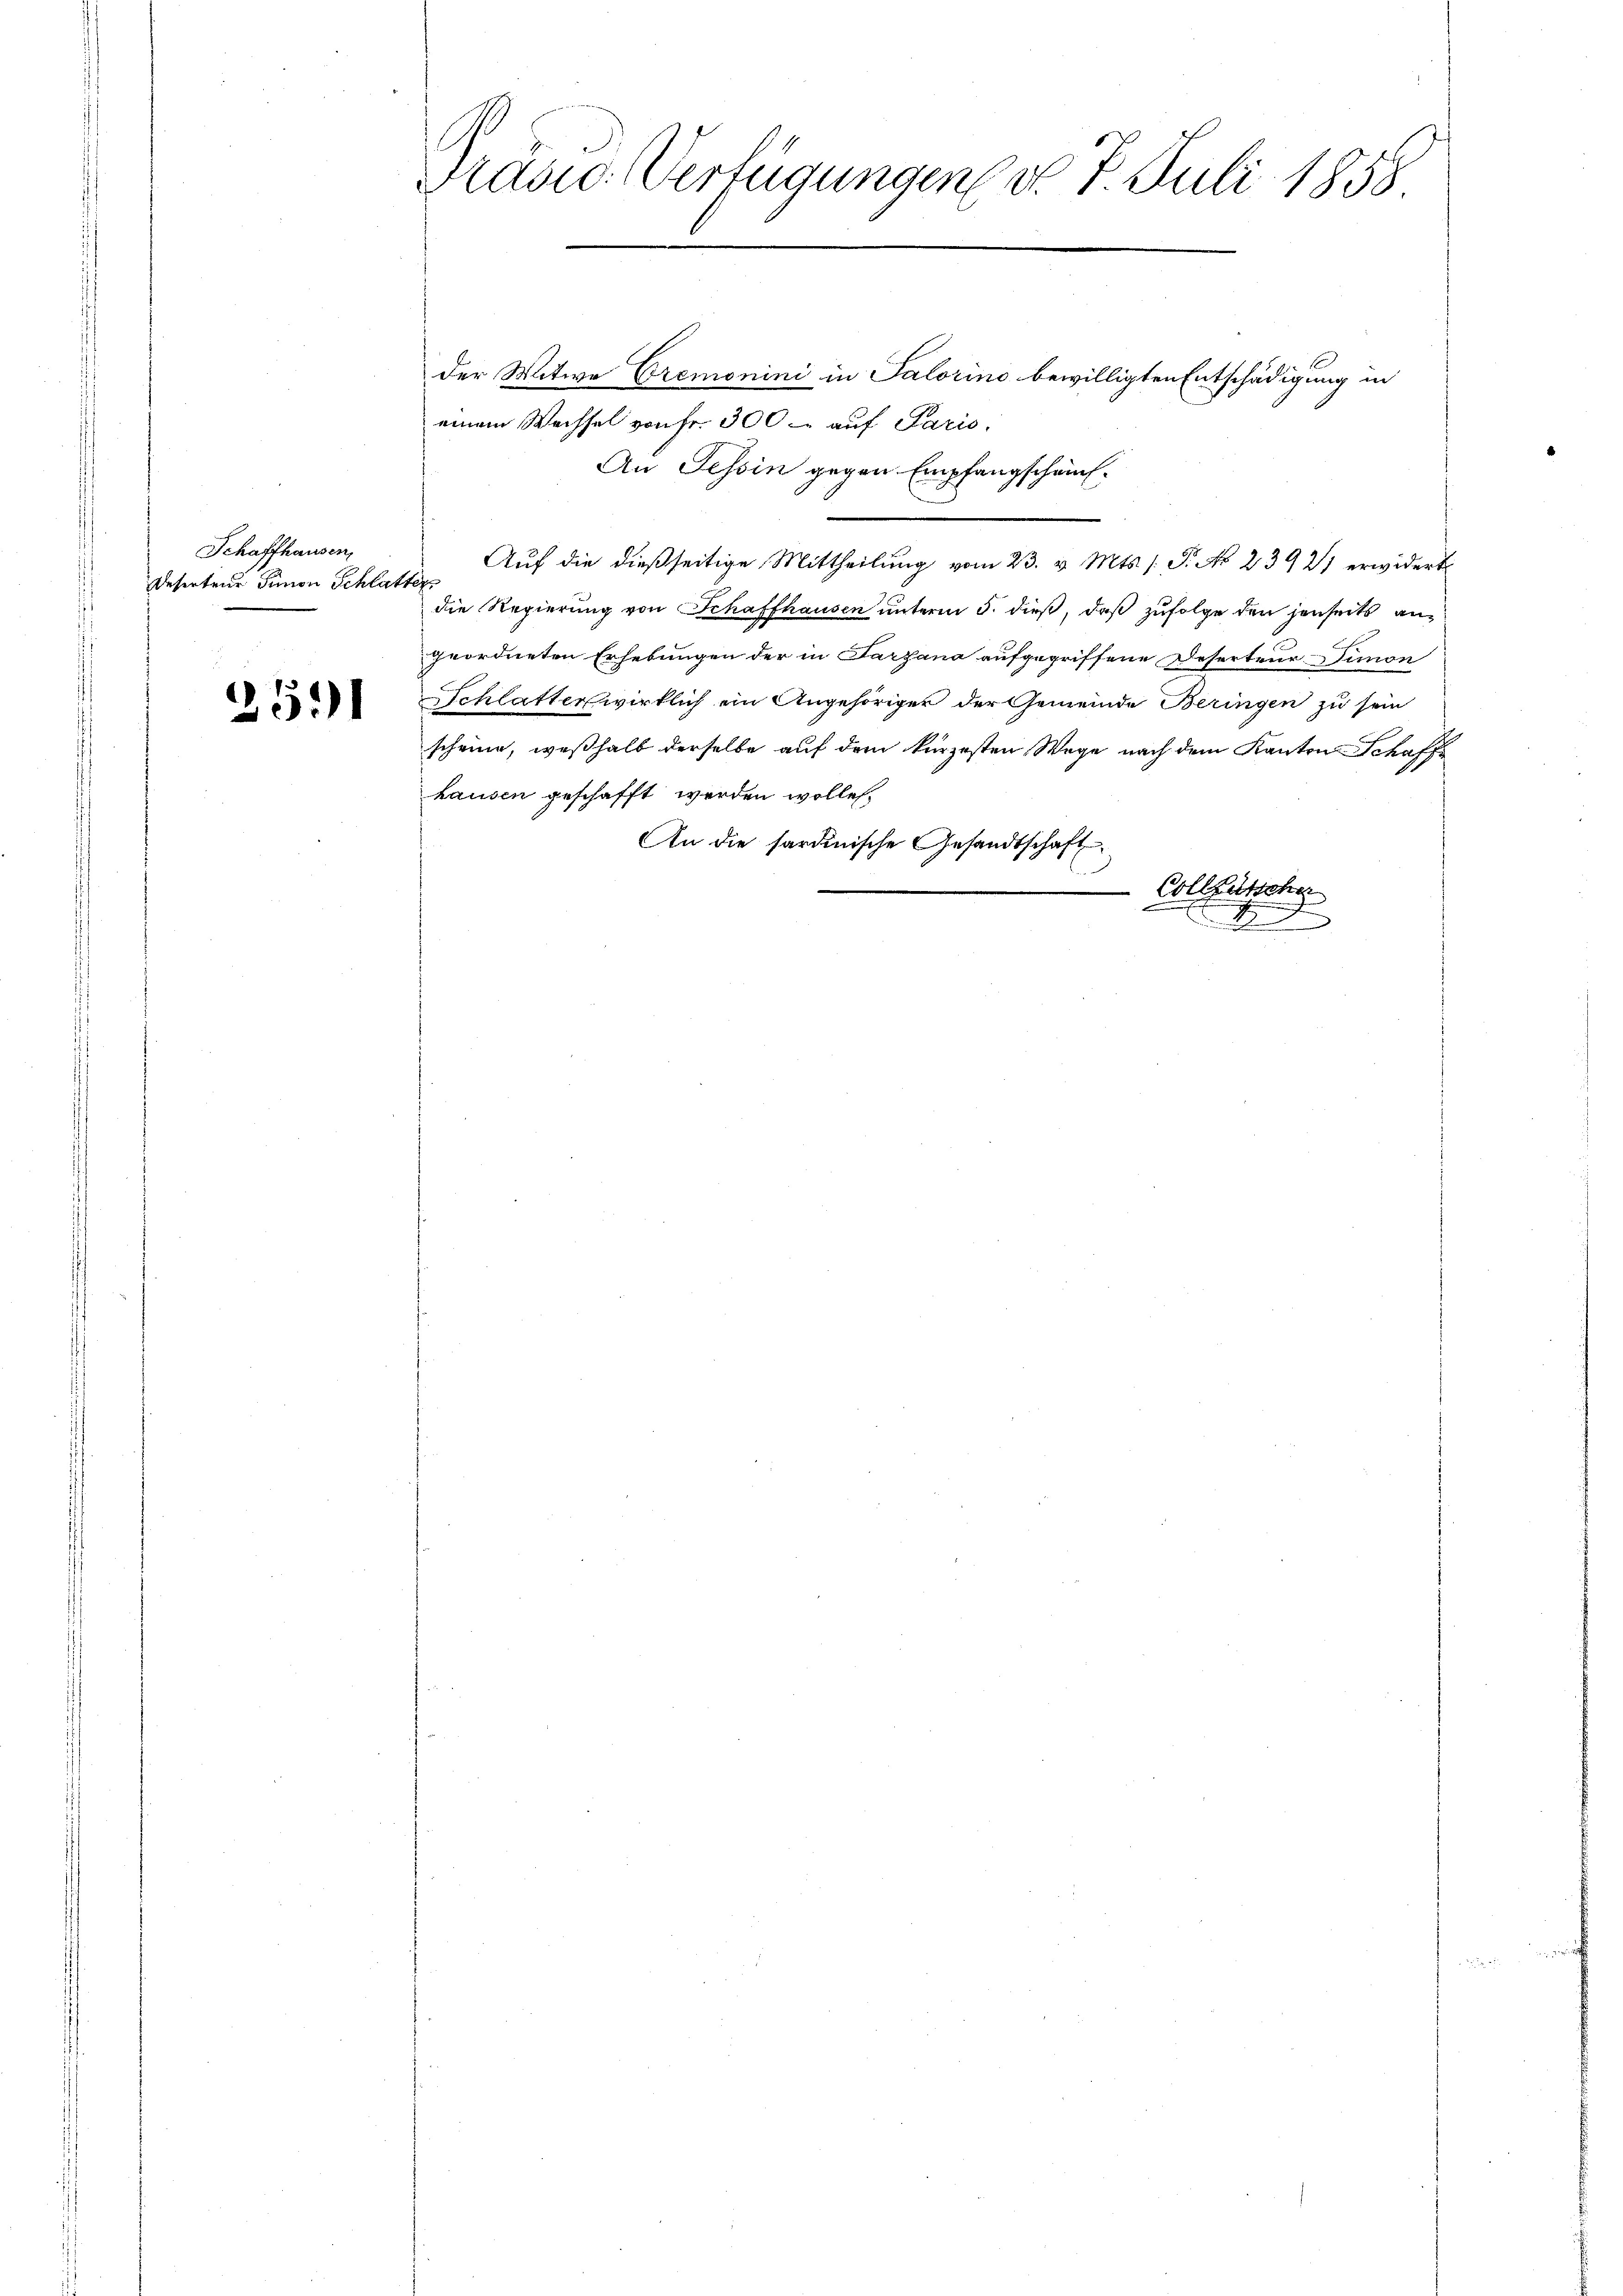
Schaffhausen,
Deserten Simon Schlatter

2511

Präsic: Verfügungen d. 7. Juli 1858

der Witwe Cremonini in Salorino bewilligten Entschädigung in
einem Wechsel von Fr. 300 - auf Paris.
An Tessin gegen Empfangschau¬
Auf die dießseitige Mittheilung vom 23. v. Mts. (T. No 23921 erwidert
die Regierung von Schaffhausen unterm 5. dieß, daß zufolge den jenseits angeordneten Erhebungen der in Tarzana aufgegriffene Deserteur Simon
Schlatter wirklich ein Angehöriger der Gemeinde Beringen zu sein
scheine, weßhalb derselbe auf dem kürzesten Wege nach dem Kanton Schaffe
hausen geschafft werden wolle.
An die sardinische Gesandtschaft
Collentsche
I